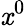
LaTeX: \mathit{x}^{0}